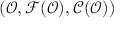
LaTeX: ( { \mathcal { O } } , { \mathcal { F } } ( { \mathcal { O } } ) , { \mathcal { C } } ( { \mathcal { O } } ) )